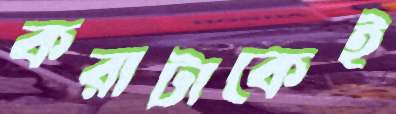
করাটাকেই